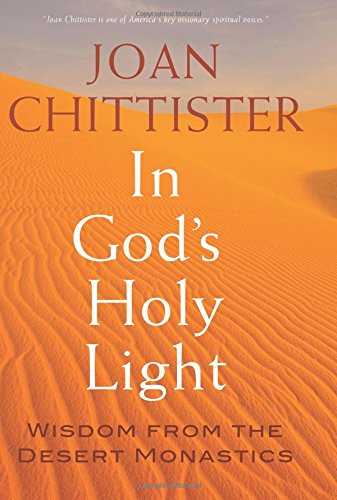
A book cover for In God's Holy Light: Wisdom from the Desert Monastics; Joan Chittister; Christian Books & Bibles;